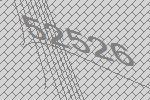
52526